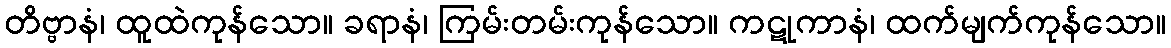
တိဗ္ဗာနံ၊ ထူထဲကုန်သော။ ခရာနံ၊ ကြမ်းတမ်းကုန်သော။ ကဋုကာနံ၊ ထက်မျက်ကုန်သော။